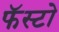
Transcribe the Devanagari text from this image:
फॅस्टो